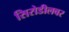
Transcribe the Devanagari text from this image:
सिरोडीलवर